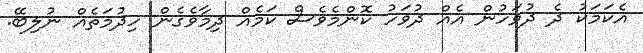
އެކަމަކު ދެ ދުވަހުން އެއް ދުވަހު ކޮންމެވެސް ކަމެއް ދިމާވެގެން ހިދުމަތެއް ނުލިބޭ.